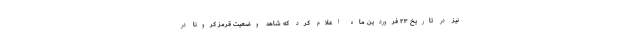
نیز در تاریخ ۲۳ فروردین ماه اعلام کرد که شاهد وضعیت قرمز کرونا در